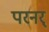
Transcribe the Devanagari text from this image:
परनर्